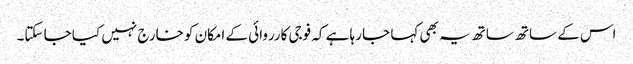
اس کے ساتھ ساتھ یہ بھی کہا جا رہا ہے کہ فوجی کارروائی کے امکان کو خارج نہیں کیا جا سکتا۔